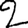
Digit: 2